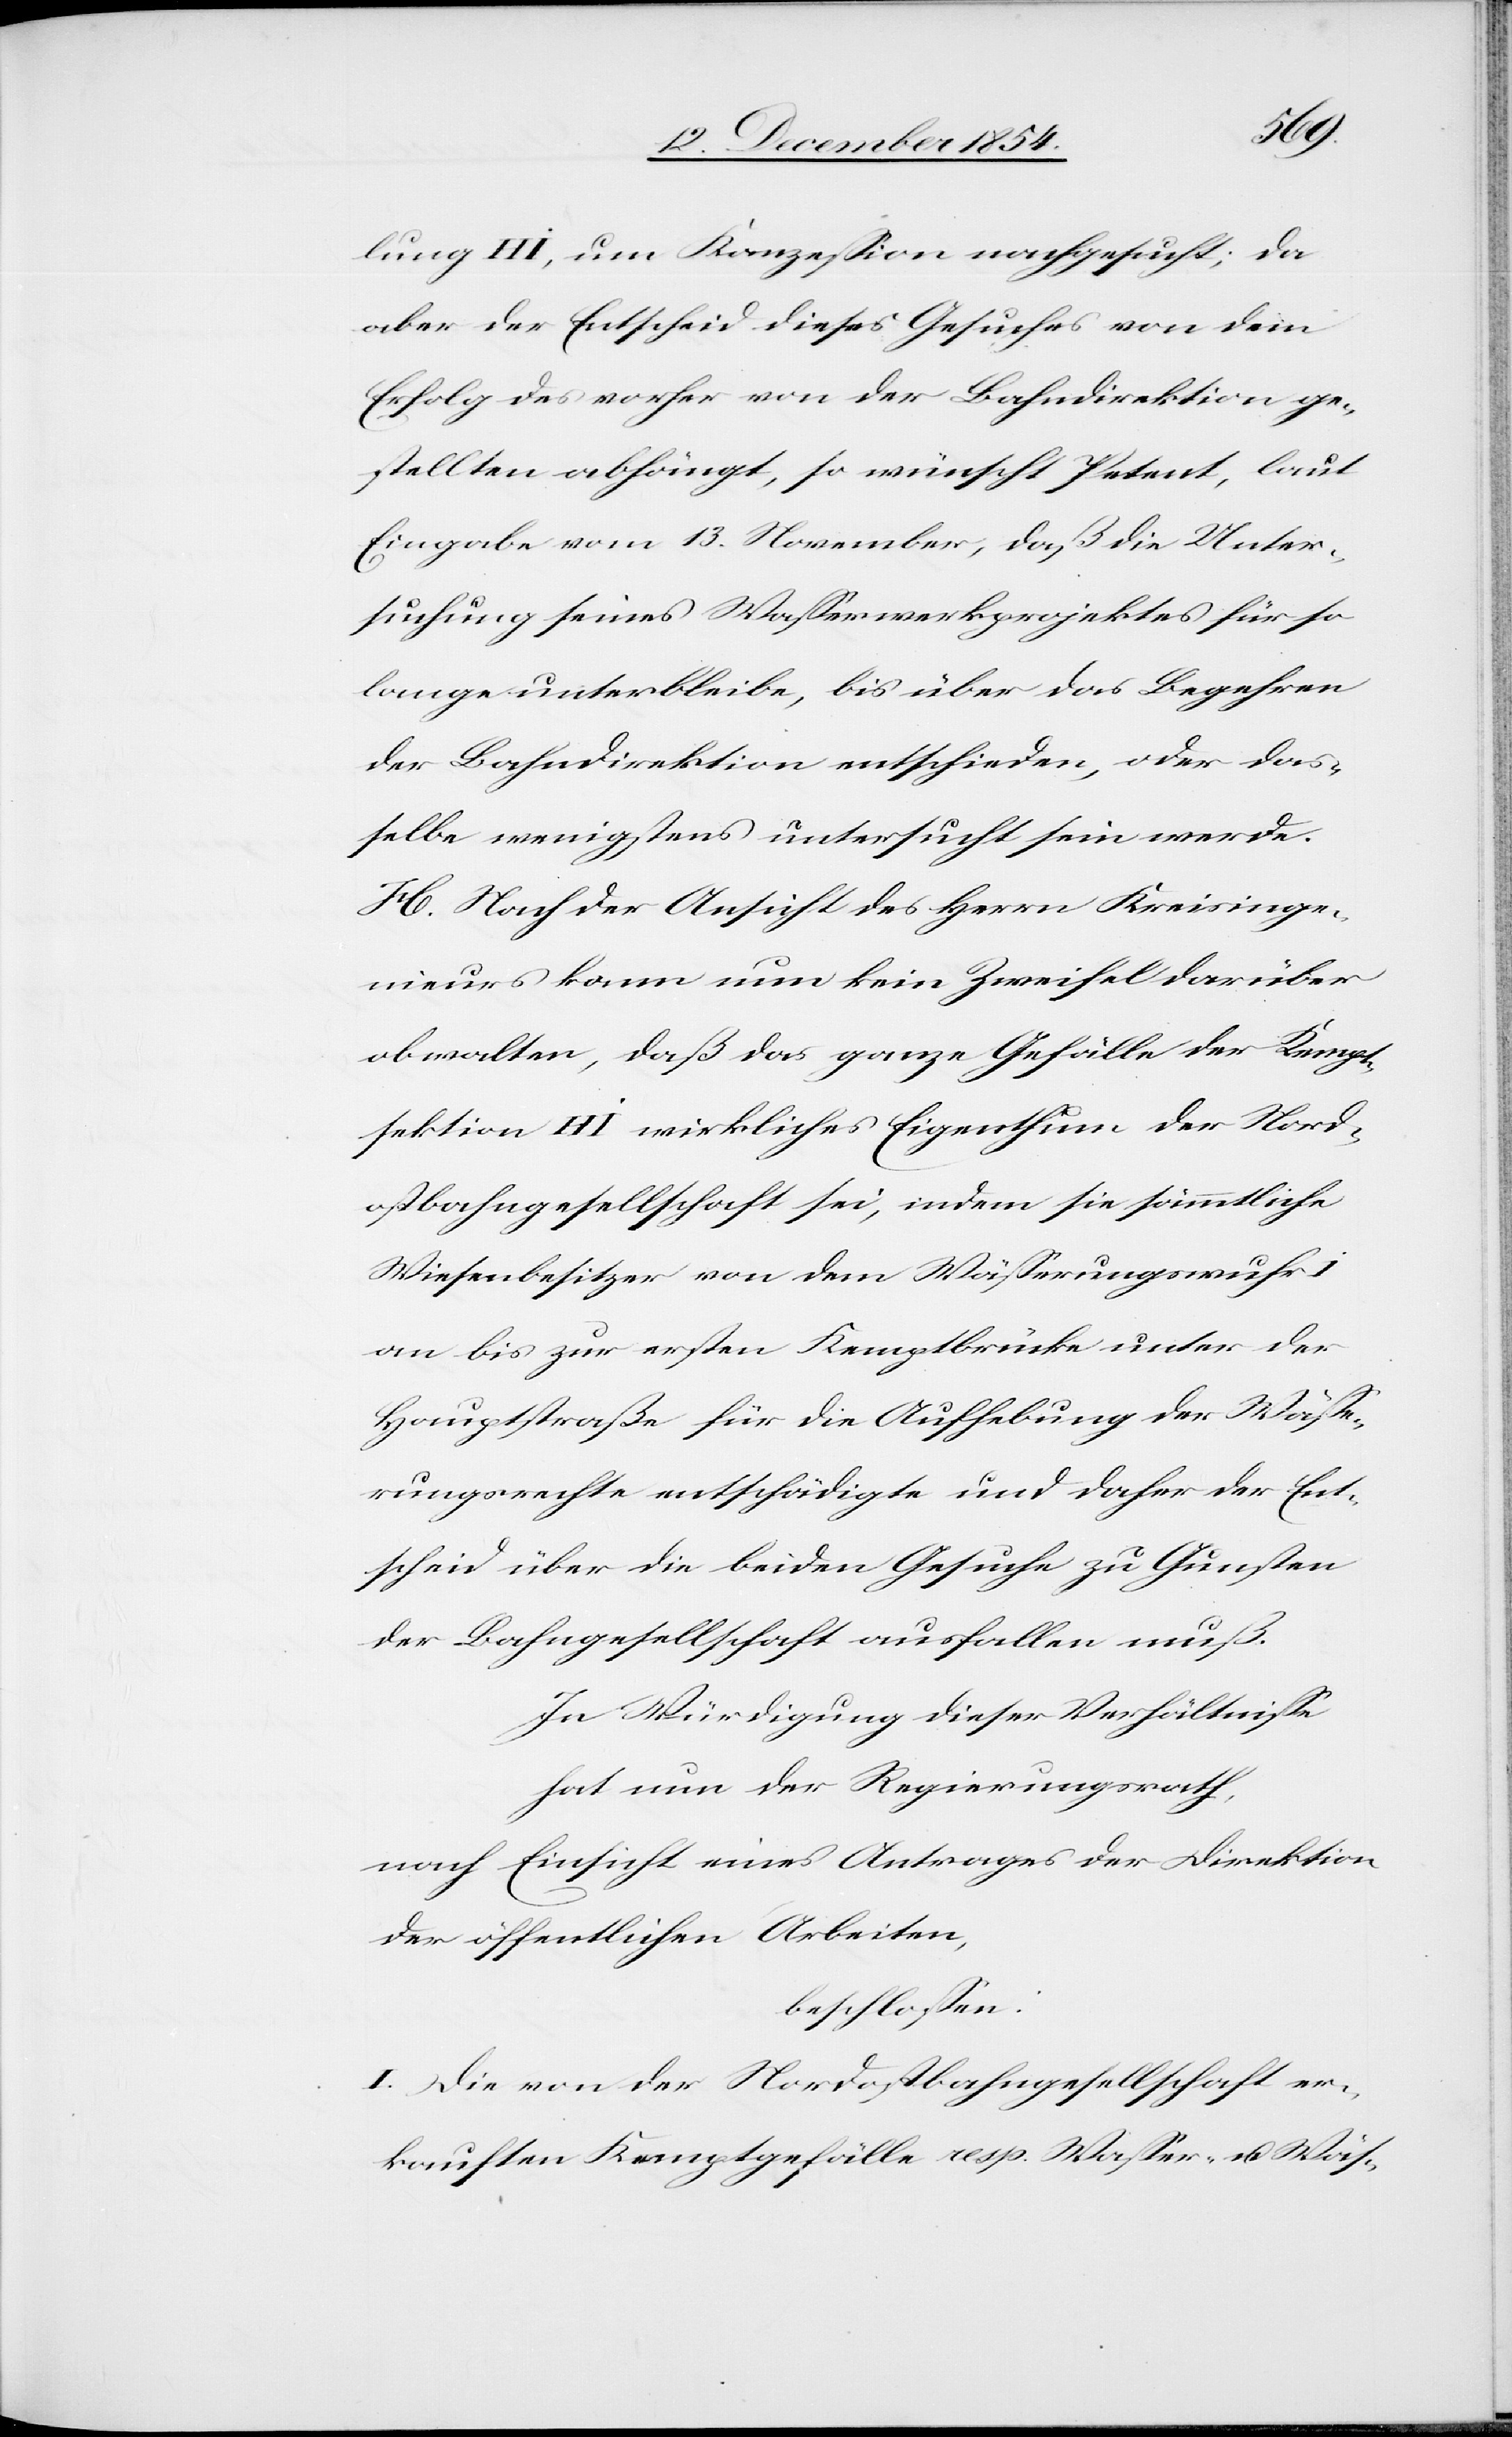
lung H I, um Konzeßion nachgesucht; da
aber der Entscheid dieses Gesuches von dem
Erfolg des vorher von der Bahndirektion ge¬
stellten abhängt, so wünscht Petent, laut
Eingabe vom 13. November, daß die Unter¬
suchung seines Waßerwerkprojektes für so
lange unterbleibe bis über das Begehren
der Bahndirektion entschieden, oder das¬
selbe wenigstens untersucht sein werde.
H. Nach der Ansicht des Herrn Kreisinge¬
nieur kann nun kein Zweifel darüber
obwalten, daß das ganze Gefälle der Kempt¬
sektion H I wirkliches Eigenthum der Nord¬
ostbahngesellschaft sei, indem sie sämmtliche
Wiesenbesitzer von dem Wäßerungswuhr I
an bis zur ersten Kemptbrücke unter der
Hauptstraße für die Aufhebung der Wäße¬
rungsrechte entschädigte und daher der Ent¬
scheid über die beiden Gesuche zu Gunsten
der Bahngesellschaft ausfallen muß.
In Würdigung dieser Verhältniße
hat nun der Regierungsrath,
nach Einsicht eines Antrages der Direktion
der öffentlichen Arbeiten,
beschloßen:
I. Die von der Nordostbahngesellschaft er¬
kauften Kemptgefälle resp. Waßer- u. Wäs-